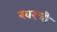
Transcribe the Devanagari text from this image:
खरची